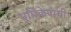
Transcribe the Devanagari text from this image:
भूमिकेपायी